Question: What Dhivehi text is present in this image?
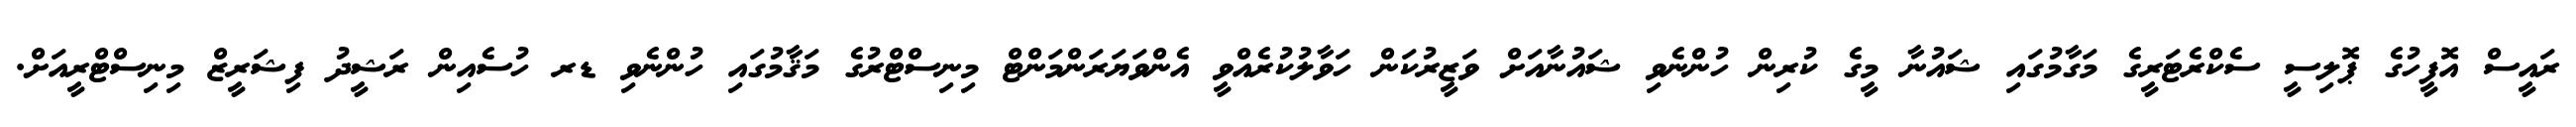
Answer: ރައީސް އޮފީހުގެ ޕޮލިސީ ސެކްރެޓަރީގެ މަގާމުގައި ޝައުނާ މީގެ ކުރިން ހުންނެވި ޝައުނާއަށް ވަޒީރުކަން ހަވާލުކުރެއްވީ އެންވަޔަރަންމަންޓް މިނިސްޓްރުގެ މަޤާމުގައި ހުންނެވި ޑރ ހުސެއިން ރަޝީދު ފިޝަރީޒް މިނިސްޓްރީއަށް.